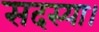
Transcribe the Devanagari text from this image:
सदस्या।